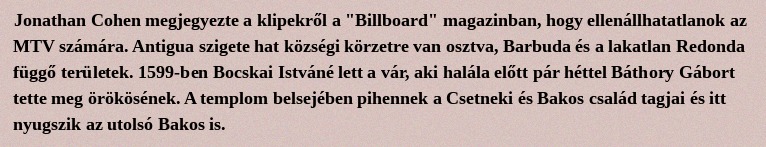
Jonathan Cohen megjegyezte a klipekről a "Billboard" magazinban, hogy ellenállhatatlanok az MTV számára. Antigua szigete hat községi körzetre van osztva, Barbuda és a lakatlan Redonda függő területek. 1599-ben Bocskai Istváné lett a vár, aki halála előtt pár héttel Báthory Gábort tette meg örökösének. A templom belsejében pihennek a Csetneki és Bakos család tagjai és itt nyugszik az utolsó Bakos is.